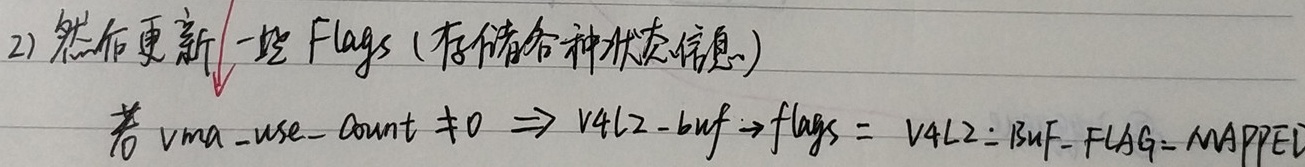
2) 然后更新一些Flags (存储各种状态信息)若 \(vma - use - count \neq 0 \Rightarrow v4l2 - buf\rightarrow flags = v4l2:BUF - FLAG - MAPPED\)